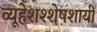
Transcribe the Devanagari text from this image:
व्यूहेशश्शेषशायी